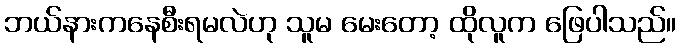
ဘယ်နားကနေစီးရမလဲဟု သူမ မေးတော့ ထိုလူက ဖြေပါသည်။